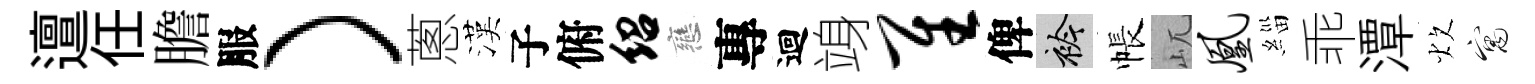
邅任膽服）蔥漢子俯绍戀專迴竧隹俾衿帳屼凰緇乖潭炊寓